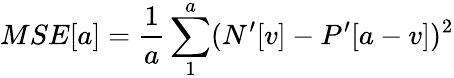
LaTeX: MSE[a]=\frac{1}{a}\sum_{1}^{a}(N^{\prime}[v]-P^{\prime}[a-v])^{2}